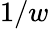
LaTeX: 1/w